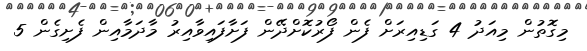
މިގޮތުން މިއަދު 4 ގަޑިއިރަށް ފެން ފޯރުކޮށްދޭން ފަށާފައިވާއިރު މާދަމާއިން ފެށިގެން 5